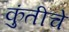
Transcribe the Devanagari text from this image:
कुंतीचे